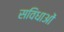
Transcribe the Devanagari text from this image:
सविधाओं